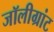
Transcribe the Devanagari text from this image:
जॉलीग्रांट